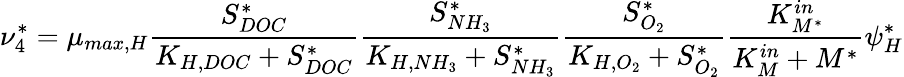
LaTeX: \nu_{4}^{*}=\mu_{max,H}\frac{S_{DOC}^{*}}{K_{H,DOC}+S_{DOC}^{*}}\frac{S_{NH_{3}}^{*}}{K_{H,NH_{3}}+S_{NH_{3}}^{*}}\frac{S_{O_{2}}^{*}}{K_{H,O_{2}}+S_{O_{2}}^{*}}\frac{K_{M^{*}}^{in}}{K_{M}^{in}+M^{*}}\psi_{H}^{*}